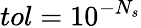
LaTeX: tol=10^{-N_{s}}